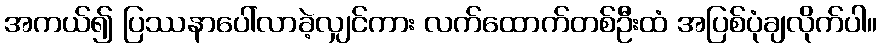
အကယ်၍ ပြဿနာပေါ်လာခဲ့လျှင်ကား လက်ထောက်တစ်ဦးထံ အပြစ်ပုံချလိုက်ပါ။